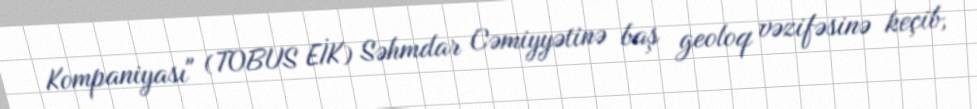
Kompaniyası" (TOBUS EİK) Səhmdar Cəmiyyətinə baş geoloq vəzifəsinə keçib,